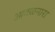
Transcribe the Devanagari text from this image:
आढळनारा